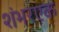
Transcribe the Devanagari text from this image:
शंभरएक